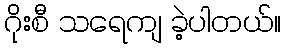
ဂိုးစီ သရေကျ ခဲ့ပါတယ်။